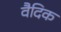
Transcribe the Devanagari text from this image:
वैदिक